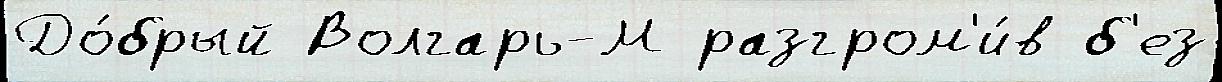
До́брый Волгарь-М разгром'и́в б'ез